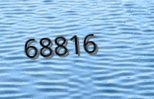
68816